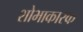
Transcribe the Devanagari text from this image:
शोभाकारक